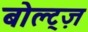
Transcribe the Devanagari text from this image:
बोल्ट्ज़